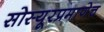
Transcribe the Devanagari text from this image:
सोस्यूरप्रमाणेच